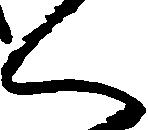
く